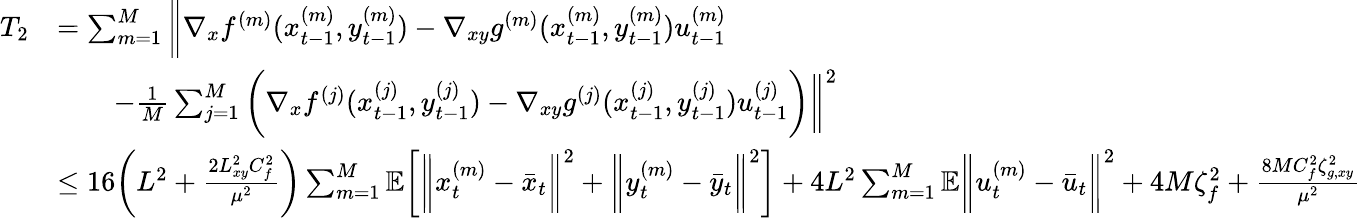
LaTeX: \begin{array}{rl}{T_{2}}&{=\sum_{m=1}^{M}\bigg\| \nabla_{x}f^{(m)}(x_{t-1}^{(m)},y_{t-1}^{(m)})-\nabla_{xy}g^{(m)}(x_{t-1}^{(m)},y_{t-1}^{(m)})u_{t-1}^{(m)}}\\ &{\qquad-\frac{1}{M}\sum_{j=1}^{M}\bigg(\nabla_{x}f^{(j)}(x_{t-1}^{(j)},y_{t-1}^{(j)})-\nabla_{xy}g^{(j)}(x_{t-1}^{(j)},y_{t-1}^{(j)})u_{t-1}^{(j)}\bigg)\bigg\| ^{2}}\\ &{\leq 16\bigg(L^{2}+\frac{2L_{xy}^{2}C_{f}^{2}}{\mu^{2}}\bigg)\sum_{m=1}^{M}\mathbb{E}\bigg[\bigg\| x_{t}^{(m)}-\bar{x}_{t}\bigg\| ^{2}+\bigg\| y_{t}^{(m)}-\bar{y}_{t}\bigg\| ^{2}\bigg]+4L^{2}\sum_{m=1}^{M}\mathbb{E}\bigg\| u_{t}^{(m)}-\bar{u}_{t}\bigg\| ^{2}+4M\zeta_{f}^{2}+\frac{8MC_{f}^{2}\zeta_{g,xy}^{2}}{\mu^{2}}}\end{array}